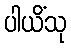
ပါယိံသု